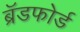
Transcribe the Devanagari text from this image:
ब्रॅडफोर्ड